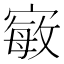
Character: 𭔍